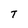
Character: T